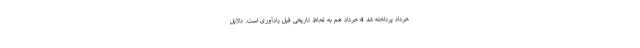
خرداد پرداخته شد 4 خرداد هم به لحاظ تاریخی قبل یادآوری است. دلایل